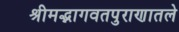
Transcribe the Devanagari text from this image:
श्रीमद्भागवतपुराणातले